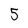
Character: 5